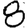
Digit: 8